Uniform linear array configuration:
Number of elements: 12
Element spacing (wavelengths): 0.25
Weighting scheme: exponential
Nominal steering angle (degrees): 15
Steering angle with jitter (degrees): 13.136
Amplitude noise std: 0.05
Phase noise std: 0.05

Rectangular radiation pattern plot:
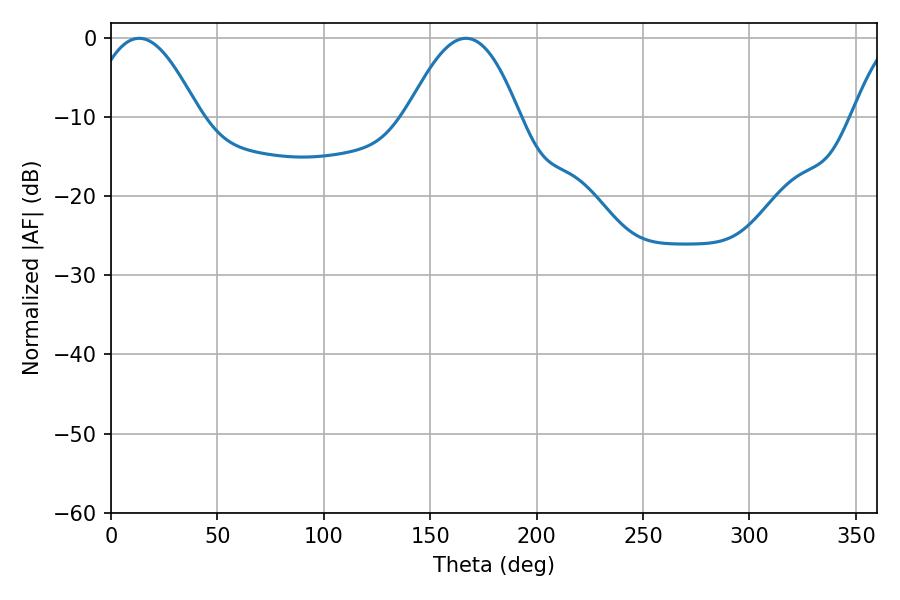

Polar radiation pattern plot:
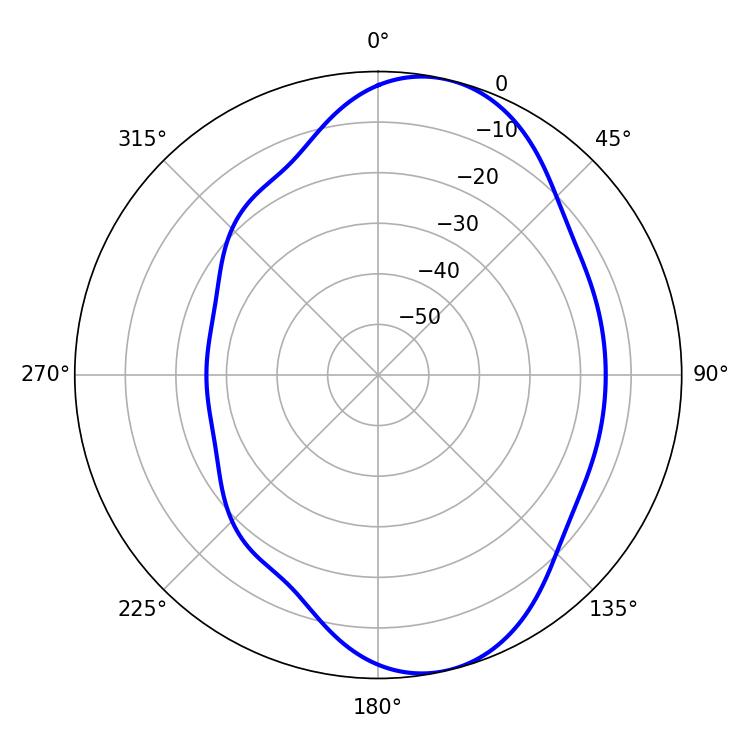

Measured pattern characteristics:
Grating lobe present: FALSE
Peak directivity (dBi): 8.23
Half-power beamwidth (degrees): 28.08
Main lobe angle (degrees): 13.32